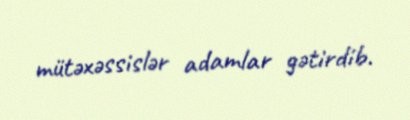
mütəxəssislər adamlar gətirdib.